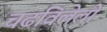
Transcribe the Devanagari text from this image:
चढविलेली